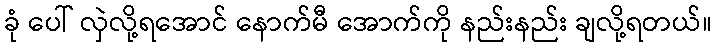
ခုံ ပေါ် လှဲလို့ရအောင် နောက်မီ အောက်ကို နည်းနည်း ချလို့ရတယ်။